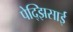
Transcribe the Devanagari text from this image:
पेद्झिसाई